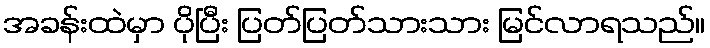
အခန်းထဲမှာ ပိုပြီး ပြတ်ပြတ်သားသား မြင်လာရသည်။